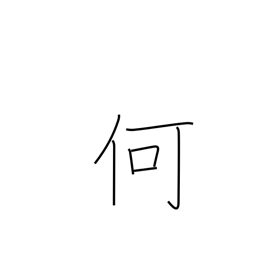
Meaning: what